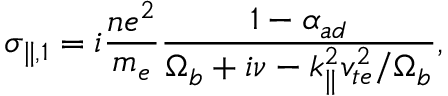
\sigma _ { \parallel , 1 } = i \frac { n e ^ { 2 } } { m _ { e } } \frac { 1 - \alpha _ { a d } } { \Omega _ { b } + i \nu - k _ { \parallel } ^ { 2 } v _ { t e } ^ { 2 } / \Omega _ { b } } ,